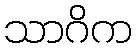
သာဂိက